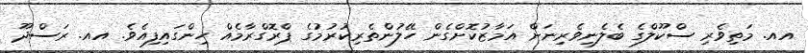
އއ. މަތިވެރި ސްކޫލްގެ ބެލެނިވެރިނަށް އަމާޒުކޮށްގެން ހޭލުންތެރިކުރުމުގެ ޕްރޮގްރާމެއް ހިންގައިފިއެވެ. އއ. ރަސްދޫ